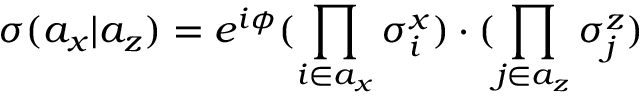
\boldsymbol { \sigma } ( a _ { x } | a _ { z } ) = e ^ { i \phi } ( \prod _ { i \in a _ { x } } \sigma _ { i } ^ { x } ) \cdot ( \prod _ { j \in a _ { z } } \sigma _ { j } ^ { z } )